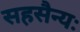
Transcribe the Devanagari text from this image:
सहसैन्यः